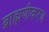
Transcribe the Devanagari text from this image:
ब्राह्मणीकरण